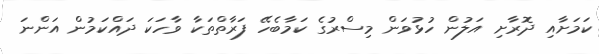
ކަމަށާއި ދޮރާށި އަލުން ހުޅުވަން މިސްރުގެ ކަމާބެހޭ ފަރާތްތަކާ ވާހަކަ ދައްކަމުން އަންނަ